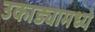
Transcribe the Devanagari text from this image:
उकाड्यामध्ये